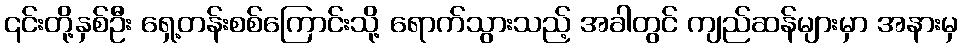
၎င်းတို့နှစ်ဦး ရှေ့တန်းစစ်ကြောင်းသို့ ရောက်သွားသည့် အခါတွင် ကျည်ဆန်များမှာ အနားမှ